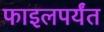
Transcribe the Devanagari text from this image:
फाइलपर्यंत